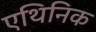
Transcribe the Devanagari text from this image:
एथिनिक